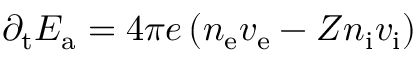
\partial _ { \mathrm { t } } E _ { \mathrm { a } } = 4 \pi e \left( n _ { \mathrm { { e } } } v _ { \mathrm { { e } } } - Z n _ { \mathrm { { i } } } v _ { \mathrm { i } } \right)